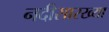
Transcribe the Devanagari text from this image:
नदीसारख्या